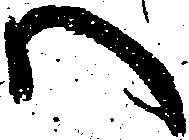
ハ